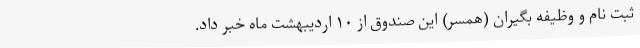
ثبت نام و وظیفه بگیران (همسر) این صندوق از ۱۰ اردیبهشت ماه خبر داد.